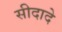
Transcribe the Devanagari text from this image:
सीदादे